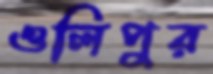
ওলিপুর